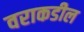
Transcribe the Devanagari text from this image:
वराकडील